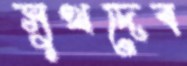
সুখদেব